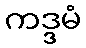
ကဒ္ဒမံ